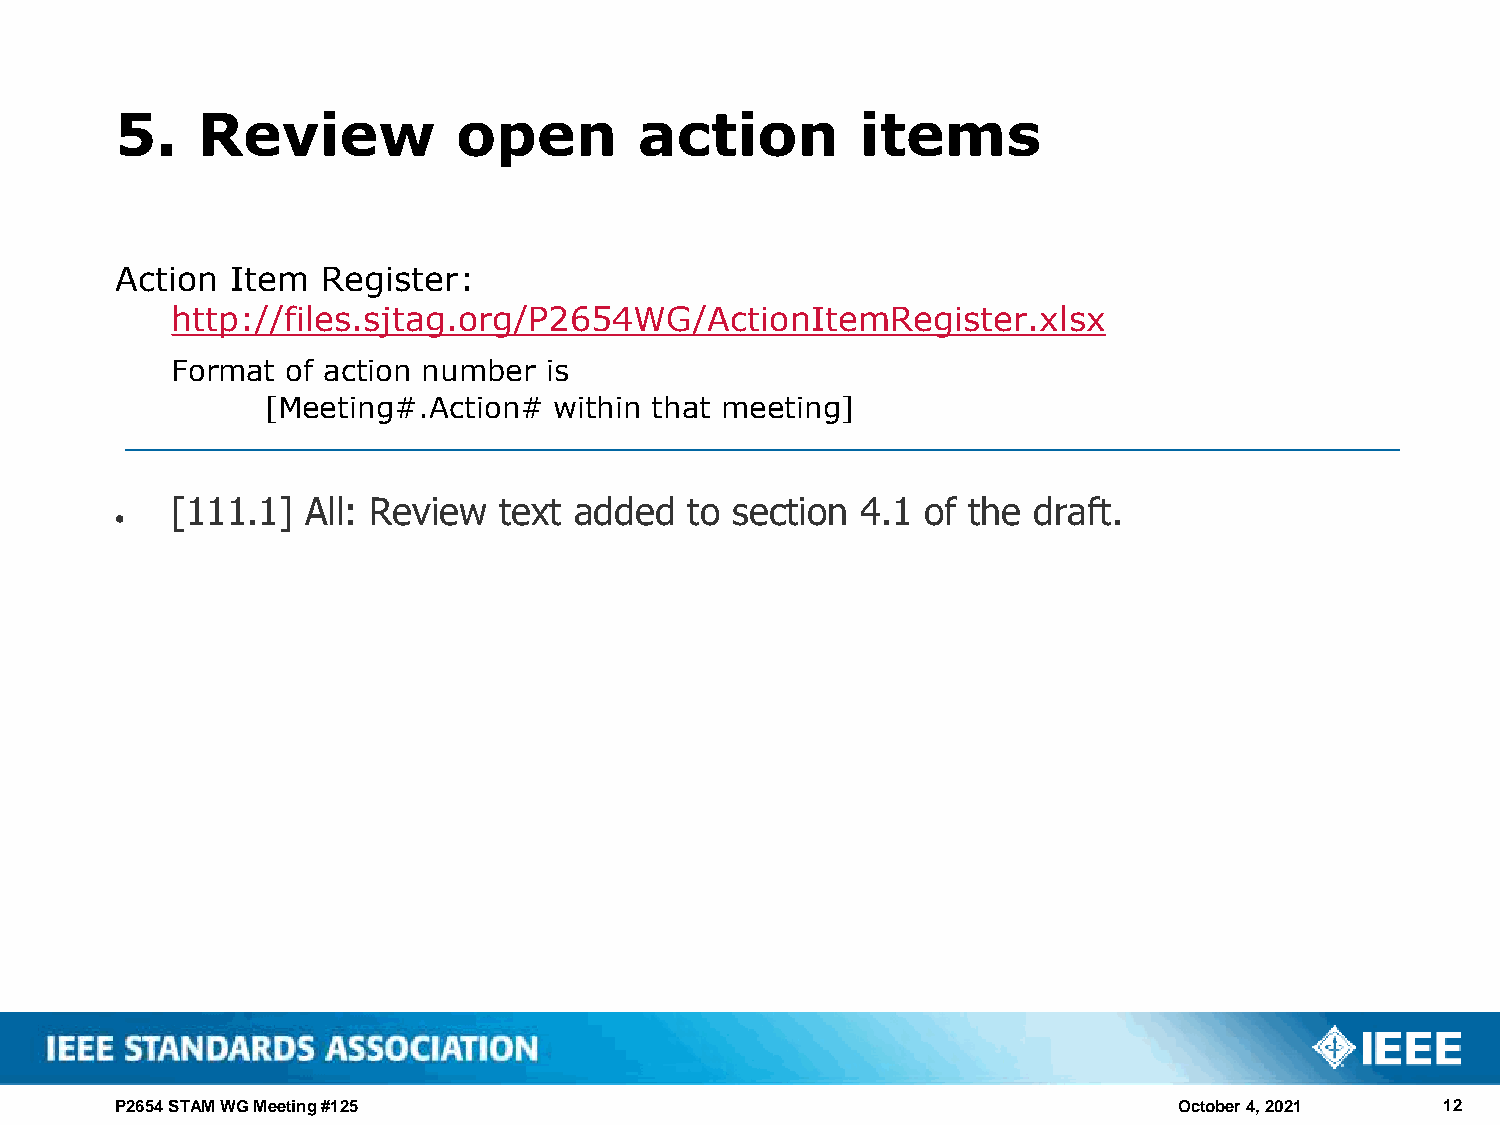
5.   Review           open        action         items
 Action Item  Register:
 http://files.sjtag.org/P2654WG/ActionItemRegister.xlsx
 Format  of action number is
 [Meeting#.Action#  within that meeting]
 [111.1]  All: Review  text added   to section 4.1 of the draft.
 •
 P2654 STAM WG Meeting #125                                            October 4, 2021   12